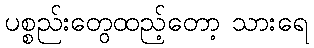
ပစ္စည်းတွေထည့်တော့ သားရေ